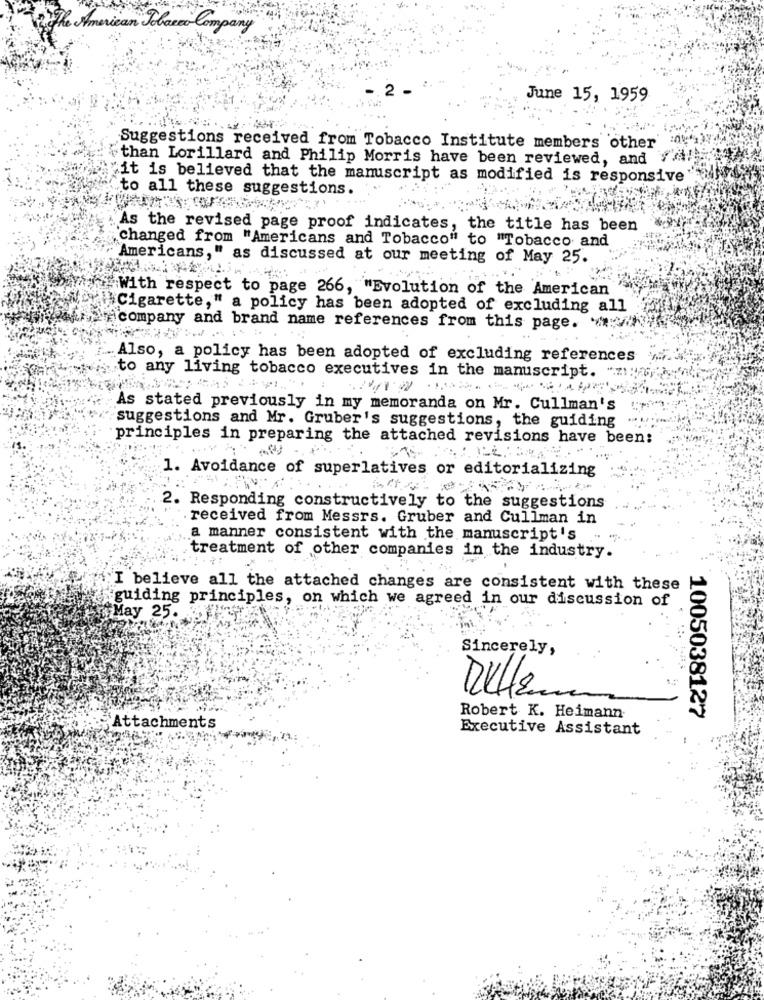
The American Placer Company
June 15, 1959
Suggestions received from Tobacco Institute members other
than Lorillard and Philip Morris have been reviewed, and VA!
"it is believed that the manuscript as modified is responsive
to all these suggestions.
As the revised page proof indicates, the title has been
changed from "Americans and Tobacco" to "Tobacco and
Americans," as discussed at our meeting of May 25.
With respect to page 266, "Evolution of the American
Cigarette," a policy has been adopted of excluding all
a company and brand name references from this page. : /
Also, a policy has been adopted of excluding references
to any living tobacco executives in the manuscript. "na
As stated previously in my memoranda on Mr. Cullman's
suggestions and Mr. Gruber's suggestions, the guiding
principles in preparing the attached revisions have been:
1. Avoidance of superlatives or editorializing
2. Responding constructively to the suggestions
. received from Messrs. Gruber and Cullman in
a manner consistent with the manuscript's
treatment of other companies in the industry.
I believe all the attached changes are consistent with these
guiding principles, on which we agreed in our discussion of
May 25.
Sincerely,
Rulle.
Robert K. Heimann
1005038127
Attachments
Executive Assistant